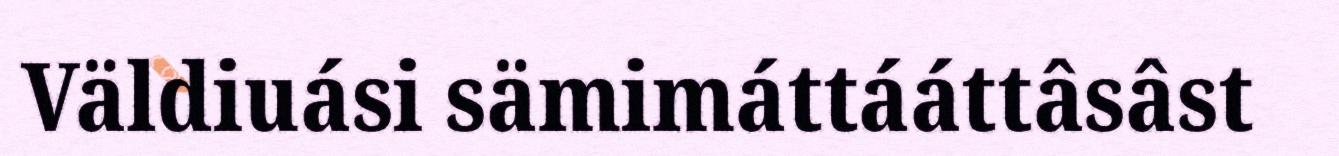
Väldiuási sämimáttááttâsâst